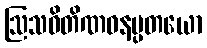
ဩသဓိတိဏဝနပ္ပတယော